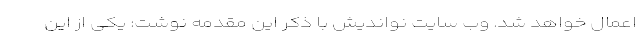
اعمال خواهد شد. وب سایت نواندیش با ذکر این مقدمه نوشت: يكى از اين